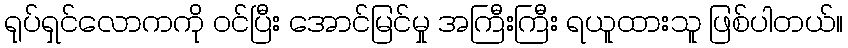
ရုပ်ရှင်လောကကို ဝင်ပြီး အောင်မြင်မှု အကြီးကြီး ရယူထားသူ ဖြစ်ပါတယ်။